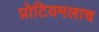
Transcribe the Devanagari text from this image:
प्रोटियमलाच